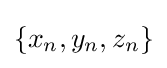
\{x_{n},y_{n},z_{n}\}